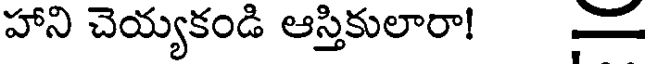
హాని చెయ్యకండి ఆస్తికులారా!